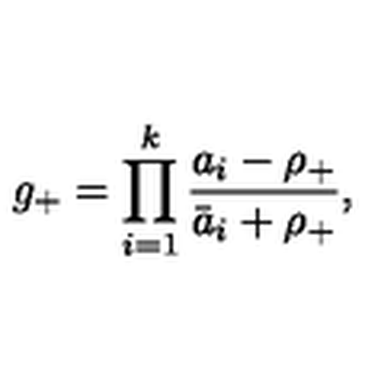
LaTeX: g _ { + } = \prod _ { i = 1 } ^ { k } \frac { a _ { i } - \rho _ { + } } { \bar { a } _ { i } + \rho _ { + } } ,